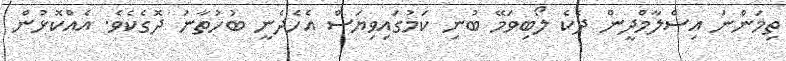
ތިމަންނަ އިސްލާމްދީން ދެކެ ލޯބިވަމޭ ބުނި ކަމުގައިވިޔަސް އެހެދެނީ ބުހުތާނު ދޮގެކެވެ. އެއްކޮޅުން